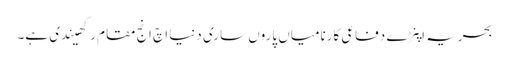
بحریہ اپنڑے دفاعی کارنامیاں پاروں ساری دنیا اچ انج مقام رکھیندی ہے۔